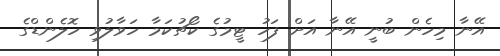
އޭނާ މިހެން ބުނީ އޭނާ އަށް ފަހު ޓީމުގެ ކޯޗުކަމާ ހަވާލުވި ހޮލެންޑްގެ